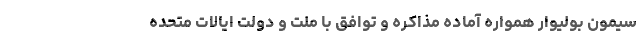
سیمون بولیوار همواره آماده مذاکره و توافق با ملت و دولت ایالات متحده